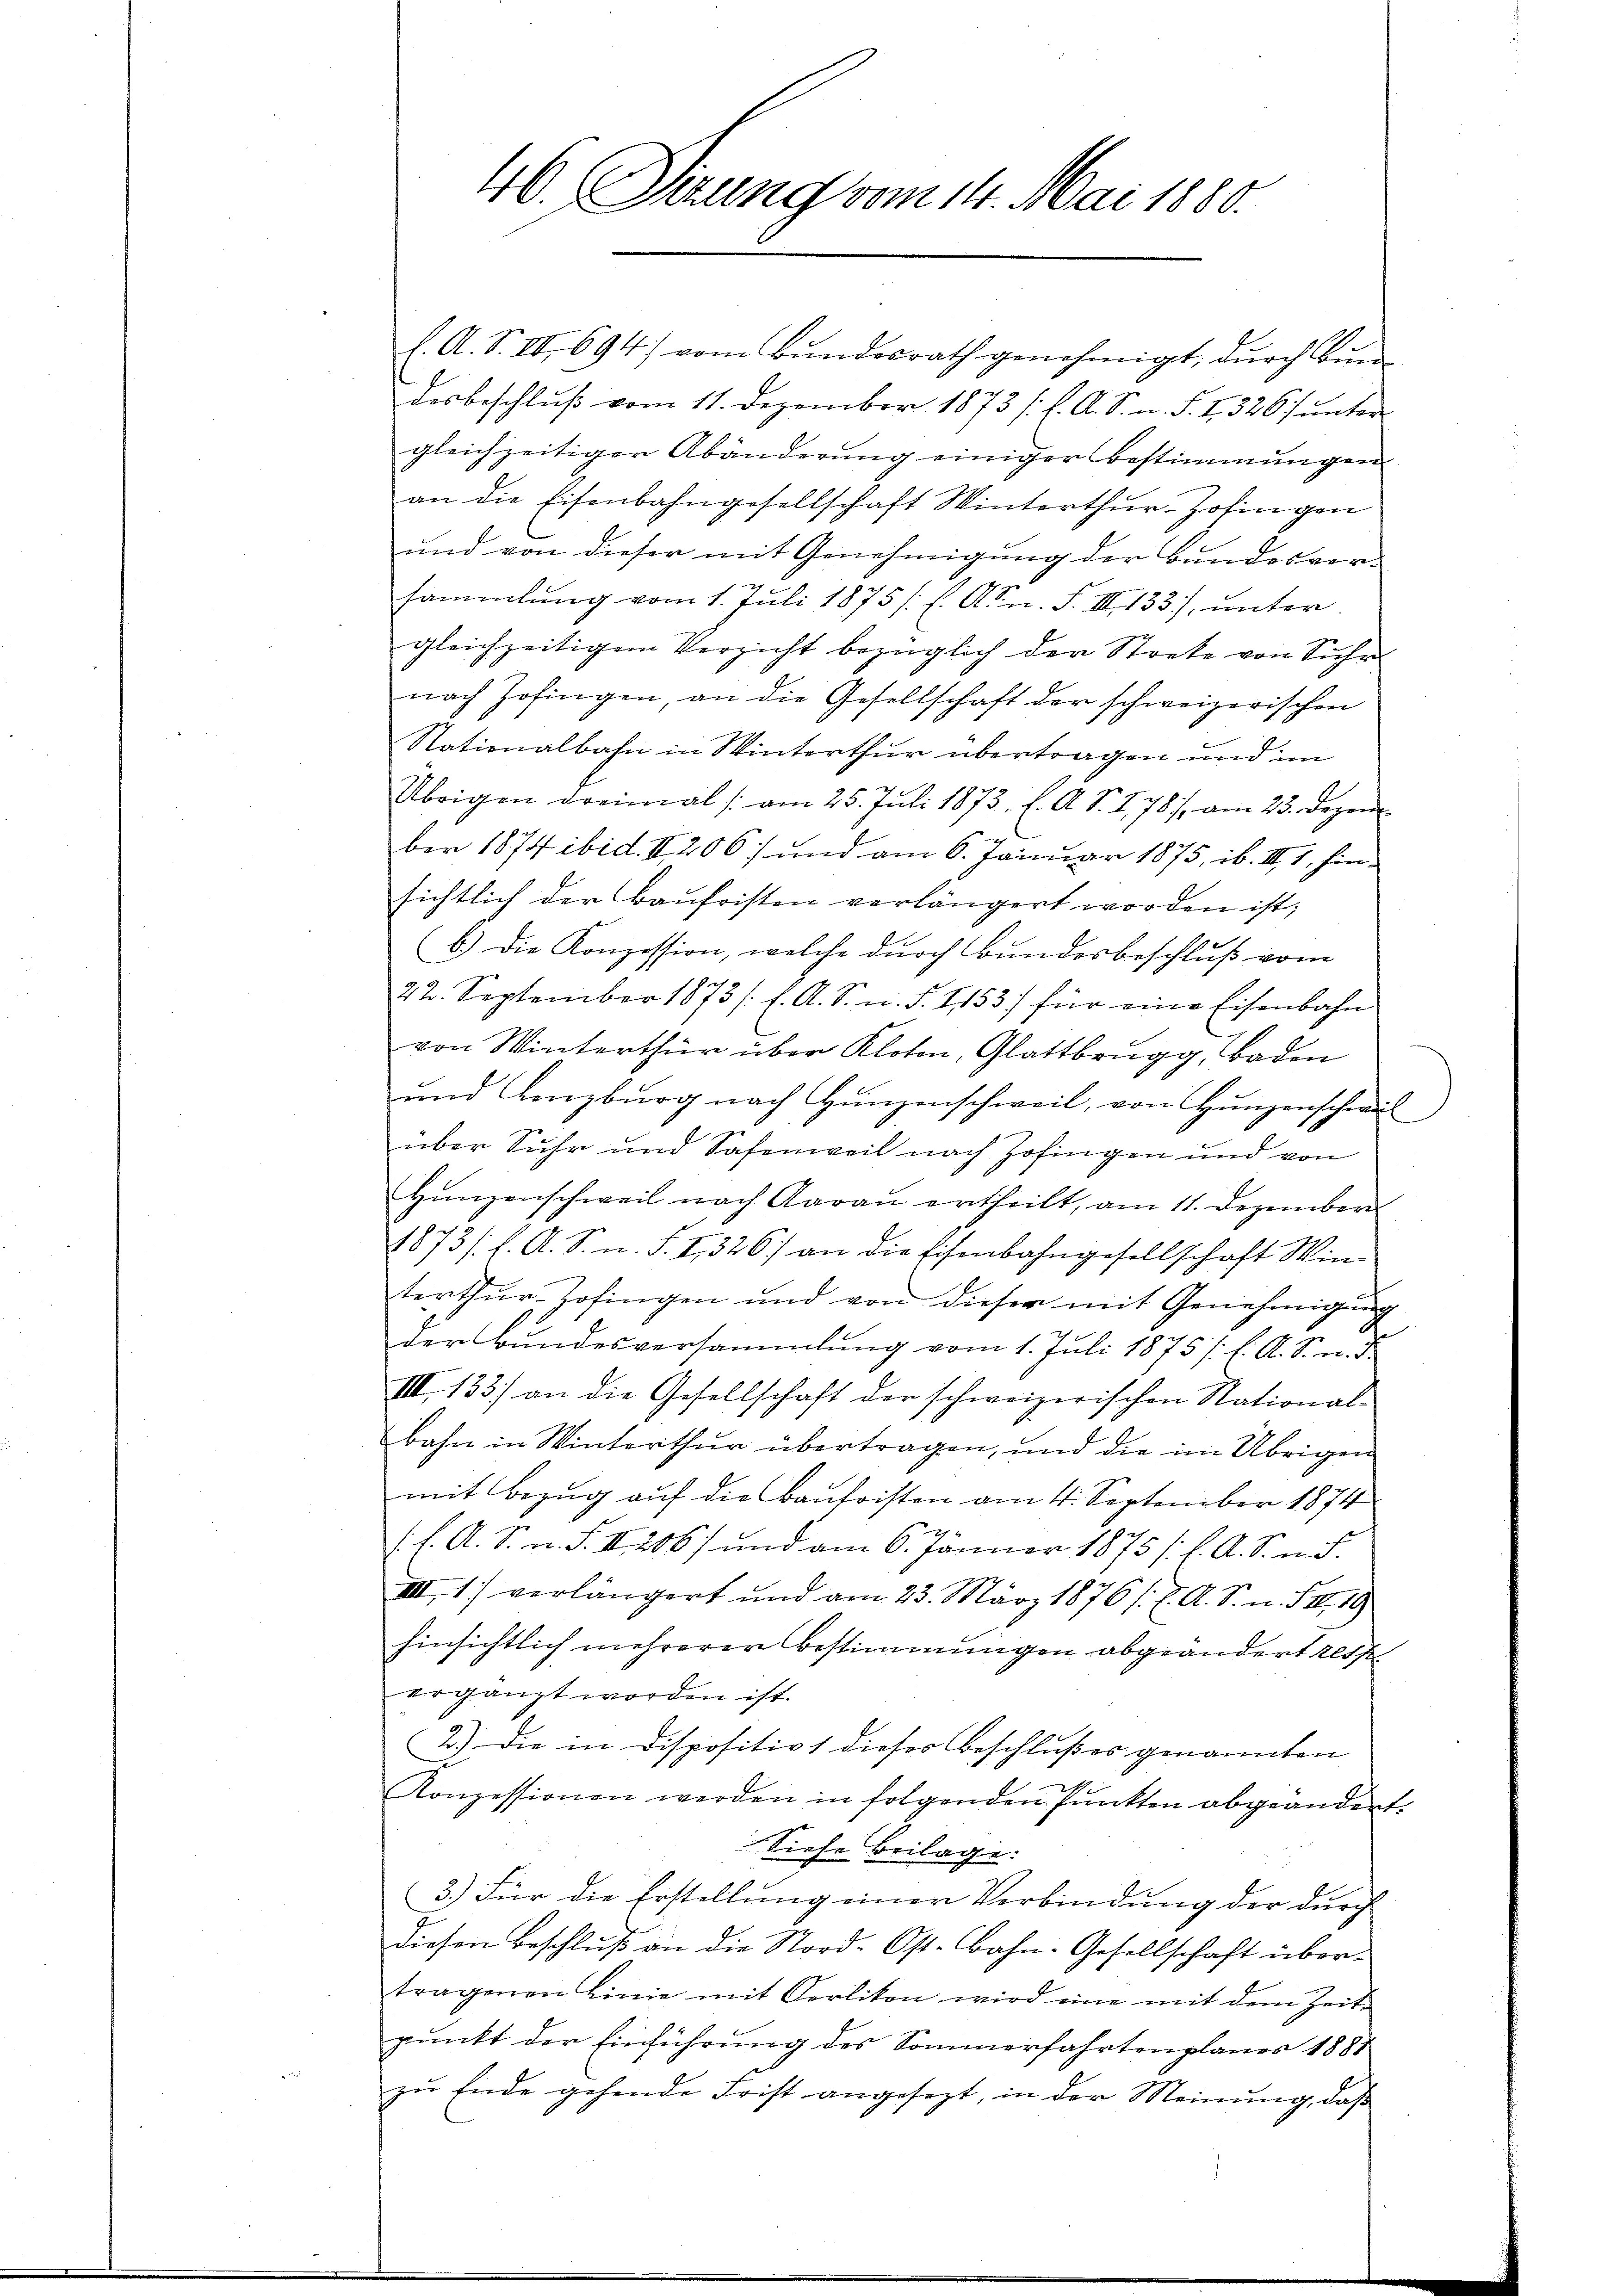
46. Sirung vom 14. Mai 1880.

l. A. S. IV 694) vom Bundesrath genehmigt, durch Bun
desbeschlŭβ vom 11. Dezember 1873 s. f. A. S. n. F. I 326 unter
gleichzeitiger Abänderŭng einiger Bestimmungen
an die Eisenbahngesellschaft Winterthur-Zofingen
und von dieser mit Genehmigung der Bundesversammlung vom 1. Juli 1875 (s. Arn. F. III. 133), unter
gleichzeitigen Verzicht bezüglich der Streke von Suhr
nach Zofingen, an die Gesellschaft der schweizerischen
Nationalbahn in Winterthur übertragen und im
Übrigen dreimal |: am 25. Juli 1873, l. A. S. 278/, am 23. Dezem
ber 1874 ibid. II 206) und am 6. Januar 1875, ib. III I, hinsichtlich der Baufristen verlängert worden ist;
b.) Die Konzession, welche durch Bundesbeschluß vom
22. September 1873 /:l. A. S. n. F. I,153) für eine Eisenbahn
von Winterthur über Kloten, Glattbrugg, Baden
und Lenzburg nach Hunzenschweil, von Hunzenschaul
über Suhr und Safenweil nach Zofingen und von
Hŭngenschweil nach Aarau ertheilt, am 11. Dezember
1873/ f. A. S. u. S. I, 326) an die Eisenbahngesellschaft Win-
terthur Zofingen und von dieser mit Genehmigung
der Bundesversammlung vom 1. Juli 1875 /. l. A. S. n. 3
III. 133) an die Gesellschaft der schweizerischen Stational-
bahn in Winterthur übertragen, und die im Übrigen
mit Bezug auf die Baufristen am 4. September 1874
/. f. A. S. n. F. II 2067 und am 6. Jänner 1875 (s. A. S. m. S.
IIII. 1) verlängert und am 23. März 1876 /. l. A. S. n. F. II, 19
hinsichtlich mehrerer Bestimmungen abgeändert rech
ergänzt worden ist.
2.) Die in Dispositiv 1 dieses Beschlußes genannten
A
Konzessionen werden in folgenden Punkten abgeändert.
Siehe Beilage.
3.) Für die Erstellung einer Verbindung der durch
diesen Beschluß an die Stord-Ost-Bahn-Gesellschaft über-
tragenen Linie mit Oerlikon wird eine mit dem Zeit-
punkt der Einführung des Sommerfahrtenplanes 1888
zŭ Ende gehende Frist angesezt, in der Meinŭng, daß